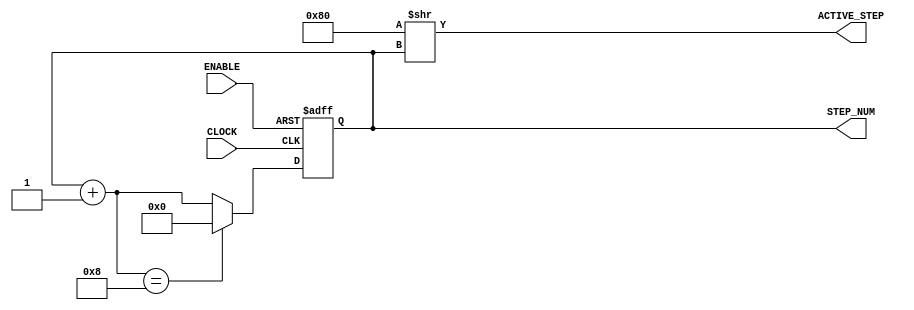
module Stepper
(
	ACTIVE_STEP,
	CLOCK,
	ENABLE,
	STEP_NUM
);

	reg [8:0] value;
	reg [3:0] step_num;


	input CLOCK;
	input ENABLE;
	output [8 : 0] ACTIVE_STEP;
	output [3:0] STEP_NUM;
	
	wire CLOCK;
	wire ENABLE;
	
	initial 
	begin
		step_num = 0;
	end 
	
	
	
	always @(posedge CLOCK or negedge ENABLE)
	begin
		if(!ENABLE)
		begin
			step_num <= 1'b0;
		end 
		else 
		begin
			step_num = step_num + 1'b1;
			if(step_num == 8)
				step_num <= 1'b0;
		end 
	end 
	
	assign ACTIVE_STEP[8:0] = 8'b10000000 >> STEP_NUM;
	assign STEP_NUM[3:0] = step_num[3:0];
endmodule